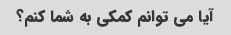
آیا می توانم کمکی به شما کنم؟